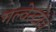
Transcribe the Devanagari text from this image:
गल्वेस्टोंचे